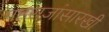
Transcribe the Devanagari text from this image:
महराजांसारखी